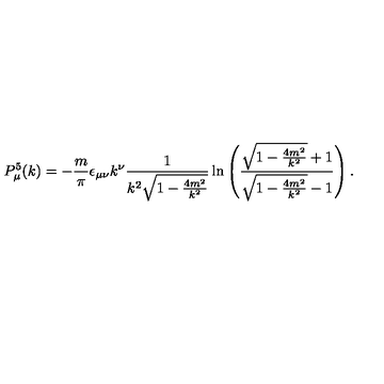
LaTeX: P _ { \mu } ^ { 5 } ( k ) = - \frac { m } { \pi } \epsilon _ { \mu \nu } k ^ { \nu } \frac { 1 } { k ^ { 2 } \sqrt { 1 - \frac { 4 m ^ { 2 } } { k ^ { 2 } } } } \ln \left( \frac { \sqrt { 1 - \frac { 4 m ^ { 2 } } { k ^ { 2 } } } + 1 } { \sqrt { 1 - \frac { 4 m ^ { 2 } } { k ^ { 2 } } } - 1 } \right) .